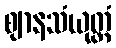
ဈာနသံယုတ္တံ